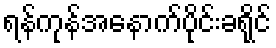
ရန်ကုန်အနောက်ပိုင်းခရိုင်